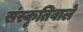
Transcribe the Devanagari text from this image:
संस्कृतिवाले